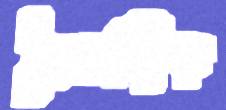
দৈনন্দিক